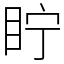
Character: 眝